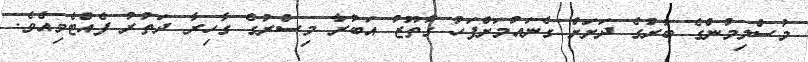
މުސްލިމުންގެ ބާރުގެ ދަށަށް ގެނައުމަށްފަހު ގުތޫޒު އަބުރާ މިސްރުގެ ގާހިރާ ދަތުރު ފެއްޓެވިއެވެ.